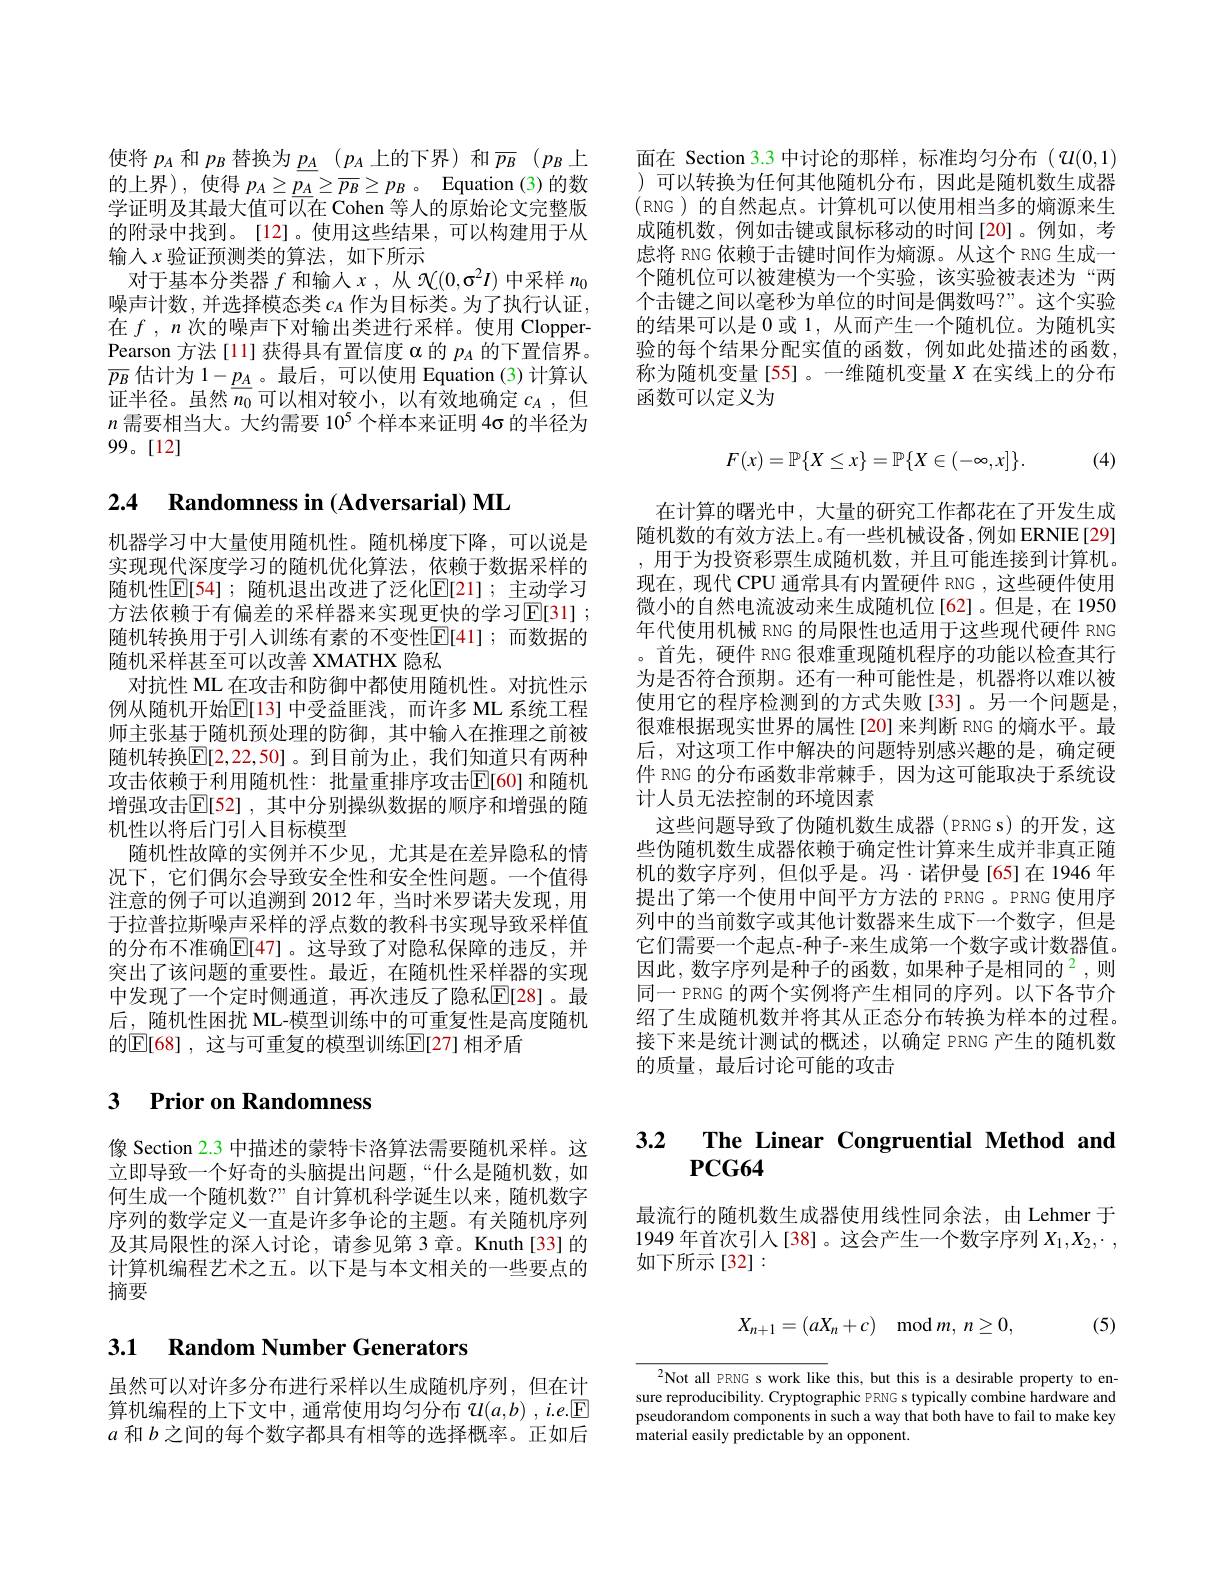
使将$p_A$和$p_B$替换为$\underline {p_A}$ $( p_A$上的下界) 和$\overline {p_B}$ $( p_B$上的上界),使得$p_A\geq\underline{p_A}\geq\overline{p_B}\geq p_B$ 。Equation (3)的数学证明及其最大值可以在 Cohen 等人的原始论文完整版的附录中找到。[12]。使用这些结果，可以构建用于从输人$x$验证预测类的算法，如下所示
对于基本分类器$f$和输人$x$,从$\mathcal{N}(0,\sigma^2I)$中采样$n_0$ 噪声计数，并选择模态类$c_A$作为目标类。为了执行认证， 在$f,n$次的噪声下对输出类进行采样。使用 ClopperPearson 方法[11]获得具有置信度$\alpha$的$p_A$的下置信界。$\overline{p_B}$估计为 $1-\underline{p_A}$。最后，可以使用 Equation (3)计算认证半径。虽然$\overline n_0$可以相对较小，以有效地确定 $c_A$, 但$n$需要相当大。大约需要 10$^{5}$个样本来证明 4$\sigma$的半径为99。[12]

## 2.4 Randomness in (Adversarial) ML

机器学习中大量使用随机性。随机梯度下降，可以说是实现现代深度学习的随机优化算法，依赖于数据采样的随机性$\boxed{\mathbb{E}}[54]$;随机退出改进了泛化$\boxed{\mathbb{E}}[21]$;主动学习方法依赖于有偏差的采样器来实现更快的学习$\mathbb{E} [ 31]$ ; 随机转换用于引入训练有素的不变性$\mathbb{E}[41];$而数据的随机采样甚至可以改善 XMATHX 隐私
对抗性 ML 在攻击和防御中都使用随机性。对抗性示例从随机开始$\mathbb{E}[13]$ 中受益匪浅，而许多 ML 系统工程师主张基于随机预处理的防御，其中输入在推理之前被随机转换$\boxed{\mathrm{E}}[2,22,50]$。到目前为止，我们知道只有两种攻击依赖于利用随机性：批量重排序攻击$\operatorname{E}[60]$ 和随机增强攻击$\mathbb{E}[52]$, 其中分别操纵数据的顺序和增强的随机性以将后门引入目标模型
随机性故障的实例并不少见，尤其是在差异隐私的情况下，它们偶尔会导致安全性和安全性问题。一个值得注意的例子可以追溯到 2012 年，当时米罗诺夫发现，用于拉普拉斯噪声采样的浮点数的教科书实现导致采样值的分布不准确$\mathbb{E}[47]$。这导致了对隐私保障的违反，并突出了该问题的重要性。最近，在随机性采样器的实现中发现了一个定时侧通道，再次违反了隐私$\mathbb{E}[28]$。最后，随机性困扰 ML-模型训练中的可重复性是高度随机的$\mathbb{E}[68]$, 这与可重复的模型训练$\mathbb{E}[27]$ 相矛盾

### 3 $\textbf{Prior on Randomness}$

像 Section 2.3 中描述的蒙特卡洛算法需要随机采样。这立即导致一个好奇的头脑提出问题，“什么是随机数，如何生成一个随机数？”自计算机科学诞生以来，随机数字序列的数学定义一直是许多争论的主题。有关随机序列及其局限性的深人讨论，请参见第 3 章。Knuth[33] 的计算机编程艺术之五。以下是与本文相关的一些要点的摘要

## 3.1 Random Number Generators

虽然可以对许多分布进行采样以生成随机序列，但在计算机编程的上下文中，通常使用均匀分布$\mathcal{U} ( a, b)$ $, i. e. \boxed{\mathcal{F} }$ $a$和$b$之间的每个数字都具有相等的选择概率。正如后

面在 Section 3.3 中讨论的那样，标准均匀分布($\mathfrak{U}(0,1)$ )可以转换为任何其他随机分布，因此是随机数生成器(RNG)的自然起点。计算机可以使用相当多的熵源来生成随机数，例如击键或鼠标移动的时间[20]。例如，考虑将 RNG 依赖于击键时间作为熵源。从这个 RNG 生成一个随机位可以被建模为一个实验，该实验被表述为“两个击键之间以毫秒为单位的时间是偶数吗？”。这个实验的结果可以是 0 或 1, 从而产生一个随机位。为随机实验的每个结果分配实值的函数，例如此处描述的函数称为随机变量[55]。一维随机变量$X$在实线上的分布函数可以定义为
$$F(x)=\mathbb{P}\{X\leq x\}=\mathbb{P}\{X\in(-\infty,x]\}.$$
(4)

在计算的曙光中，大量的研究工作都花在了开发生成随机数的有效方法上。有一些机械设备，例如 ERNIE[29] ,用于为投资彩票生成随机数，并且可能连接到计算机。现在，现代 CPU 通常具有内置硬件 RNG ,这些硬件使用微小的自然电流波动来生成随机位[62]。但是，在1950年代使用机械 RNG 的局限性也适用于这些现代硬件 RNG 。首先，硬件 RNG 很难重现随机程序的功能以检查其行为是否符合预期。还有一种可能性是，机器将以难以被使用它的程序检测到的方式失败[33]。另一个问题是， 很难根据现实世界的属性[20]来判断 RNG 的熵水平。最后，对这项工作中解决的问题特别感兴趣的是，确定硬件 RNG 的分布函数非常棘手，因为这可能取决于系统设计人员无法控制的环境因素
这些问题导致了伪随机数生成器(PRNG s)的开发，这些伪随机数生成器依赖于确定性计算来生成并非真正随机的数字序列，但似乎是。冯·诺伊曼[65]在1946年提出了第一个使用中间平方方法的 PRNG 。PRNG 使用序列中的当前数字或其他计数器来生成下一个数字，但是它们需要一个起点-种子-来生成第一个数字或计数器值。因此，数字序列是种子的函数，如果种子是相同的$^2$,则同一 PRNG 的两个实例将产生相同的序列。以下各节介绍了生成随机数并将其从正态分布转换为样本的过程。接下来是统计测试的概述，以确定 PRNG 产生的随机数的质量，最后讨论可能的攻击

# 3.2 $\textbf{The Linear Congruential Method ano}$

最流行的随机数生成器使用线性同余法，由Lehmer 于1949 年首次引人[38]。这会产生一个数字序列$X_1,X_2,\cdot$, 如下所示[32]:
$$X_{n+1}=(aX_n+c)\mod m,\:n\geq0,$$
(5)

$^{2}$Not all PRNG s work like this, but this is a desirable property to ensure reproducibility. Cryptographic PRNG s typically combine hardware and pseudorandom components in such a way that both have to fail to make key material easily predictable by an opponent.